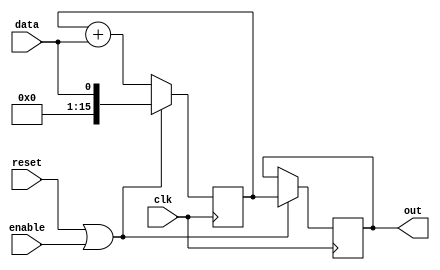
`timescale 1ns / 1ps
//////////////////////////////////////////////////////////////////////////////////
// Company: 
// Engineer: 
// 
// Design Name: 
// Module Name: AccumulationSS
// Project Name: 
// Target Devices: 
// Tool Versions: 
// Description: 
// 
// Dependencies: 
// 
// Revision:
// Revision 0.01 - File Created
// Additional Comments:
// 
//////////////////////////////////////////////////////////////////////////////////


module AccumulationSS
    #(parameter ACC_DATA_WIDTH = 16)
    (data,
     reset,
     clk,
     enable,
     out);
     
     input data;
     input reset;
     input clk;
     input enable;
     output reg [ACC_DATA_WIDTH-1:0] out;
     
     reg [ACC_DATA_WIDTH-1:0] outRegister; 
     
     always @ (posedge clk) begin
        if (reset | enable) begin
            out = outRegister;
            outRegister = data;
        end 
        else
            outRegister = outRegister + data;
     end
endmodule